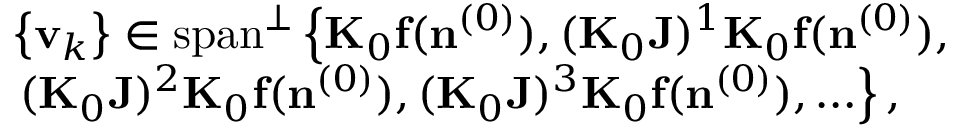
\begin{array} { r l } & { \left\{ { \bf v } _ { k } \right\} \in \mathrm { s p a n } ^ { \perp } \left\{ { \bf K } _ { 0 } { { \bf f } } ( { \bf n } ^ { ( 0 ) } ) , ( { \bf K } _ { 0 } { \bf J } ) ^ { 1 } { \bf K } _ { 0 } { { \bf f } } ( { \bf n } ^ { ( 0 ) } ) , \right. } \\ & { \left. ( { \bf K } _ { 0 } { \bf J } ) ^ { 2 } { \bf K } _ { 0 } { { \bf f } } ( { \bf n } ^ { ( 0 ) } ) , ( { \bf K } _ { 0 } { \bf J } ) ^ { 3 } { \bf K } _ { 0 } { { \bf f } } ( { \bf n } ^ { ( 0 ) } ) , \ldots \right\} , } \end{array}